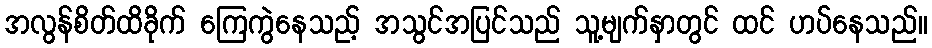
အလွန်စိတ်ထိခိုက် ကြေကွဲနေသည့် အသွင်အပြင်သည် သူ့မျက်နှာတွင် ထင် ဟပ်နေသည်။